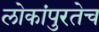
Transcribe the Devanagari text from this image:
लोकांपुरतेच